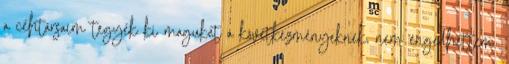
a céhtársaim tegyék ki magukat a következményeknek, nem engedhettem.